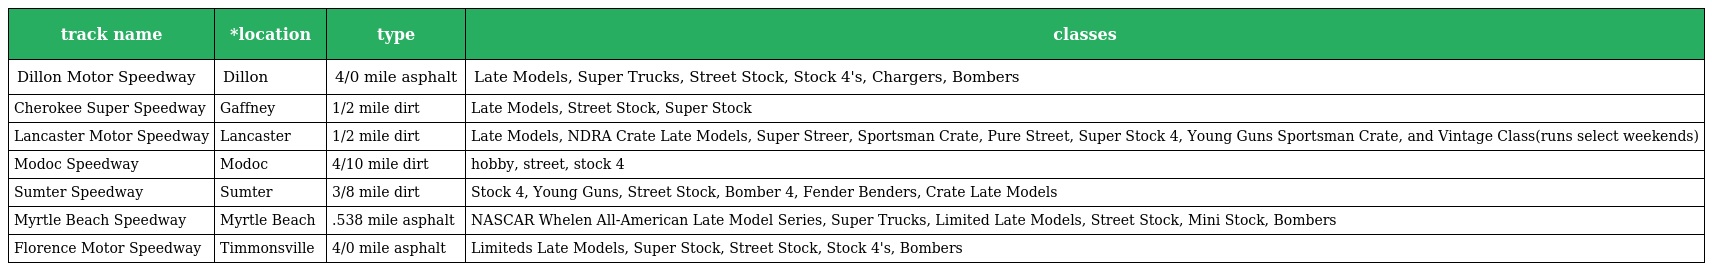
| track name | *location | type | classes |
 | --- | --- | --- | --- |
 | Dillon Motor Speedway | Dillon | 4/0 mile asphalt | Late Models, Super Trucks, Street Stock, Stock 4's, Chargers, Bombers |
 | Cherokee Super Speedway | Gaffney | 1/2 mile dirt | Late Models, Street Stock, Super Stock |
 | Lancaster Motor Speedway | Lancaster | 1/2 mile dirt | Late Models, NDRA Crate Late Models, Super Streer, Sportsman Crate, Pure Street, Super Stock 4, Young Guns Sportsman Crate, and Vintage Class(runs select weekends) |
 | Modoc Speedway | Modoc | 4/10 mile dirt | hobby, street, stock 4 |
 | Sumter Speedway | Sumter | 3/8 mile dirt | Stock 4, Young Guns, Street Stock, Bomber 4, Fender Benders, Crate Late Models |
 | Myrtle Beach Speedway | Myrtle Beach | .538 mile asphalt | NASCAR Whelen All-American Late Model Series, Super Trucks, Limited Late Models, Street Stock, Mini Stock, Bombers |
 | Florence Motor Speedway | Timmonsville | 4/0 mile asphalt | Limiteds Late Models, Super Stock, Street Stock, Stock 4's, Bombers |